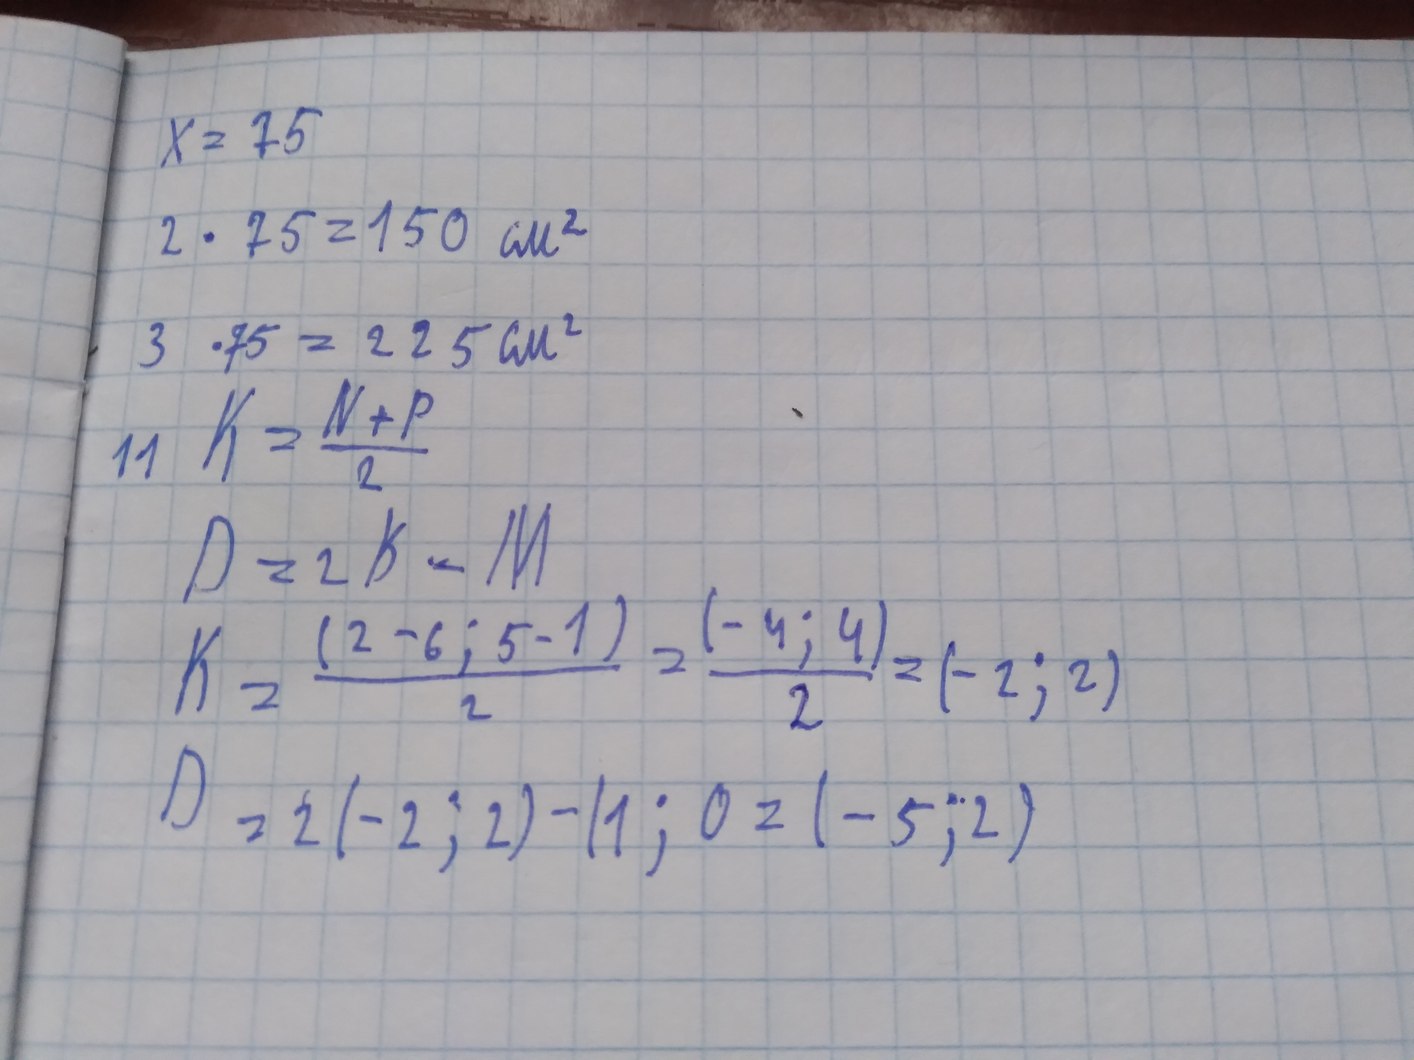
X = 75
2 · 75 = 150 см²
3 · 75 = 225 cm²
11 K = (N + P) / 2
D = 2 K - M
K = (2 - 6 ; 5 - 1) / 2=(-4;4)/2=(-2;2)
D = 2(-2; 2) - (1;0=(-5;2)